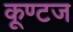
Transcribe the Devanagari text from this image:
कूण्टज